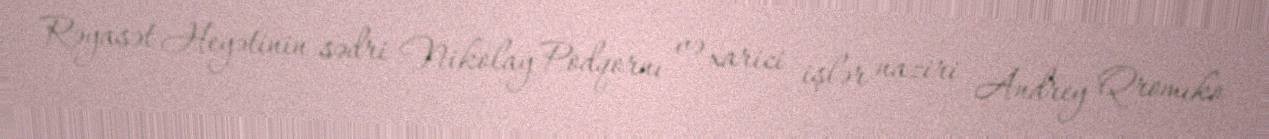
Rəyasət Heyətinin sədri Nikolay Podqornı və xarici işlər naziri Andrey Qromıko